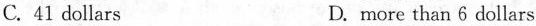
C.41 dollars D.more than 6 dollars